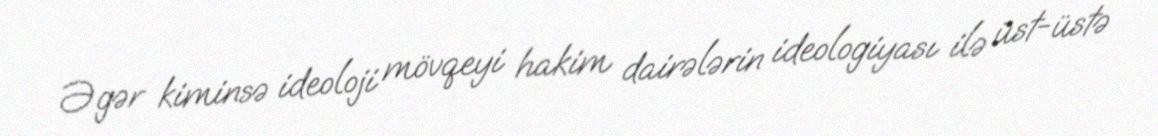
Əgər kiminsə ideoloji mövqeyi hakim dairələrin ideologiyası ilə üst-üstə